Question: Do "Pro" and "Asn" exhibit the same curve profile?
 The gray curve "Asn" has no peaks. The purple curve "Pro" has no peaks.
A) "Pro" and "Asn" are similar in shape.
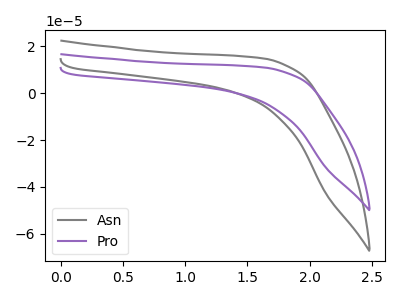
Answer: <think>Neither "Pro" or "Asn" have any peaks.
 </think>
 <answer>A) "Pro" and "Asn" are similar in shape.</answer>
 <eval>A</eval>